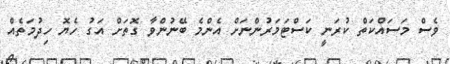
ވެސް މަސައްކަތް ކުރަނީ ކަސްޓަމަރުންނަށް އެންމެ ބޭނުންވާ ގޮތަށް އަގު ހެޔޮ ހިދުމަތެއް